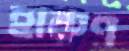
হারুণ